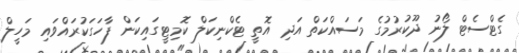
ގެޓްސެޓް ލޯނު ދޫކުރުމުގެ މަސައްކަތް އަދި އޮތީ ޓެކްނިކަލް ކޮމިޓީގައިކަން ފާހަގަކުރައްވައި މަހީލް